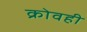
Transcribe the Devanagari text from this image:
क्रोवही